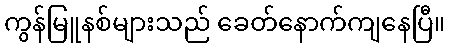
ကွန်မြူနစ်များသည် ခေတ်နောက်ကျနေပြီ။